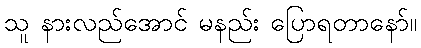
သူ နားလည်အောင် မနည်း ပြောရတာနော်။